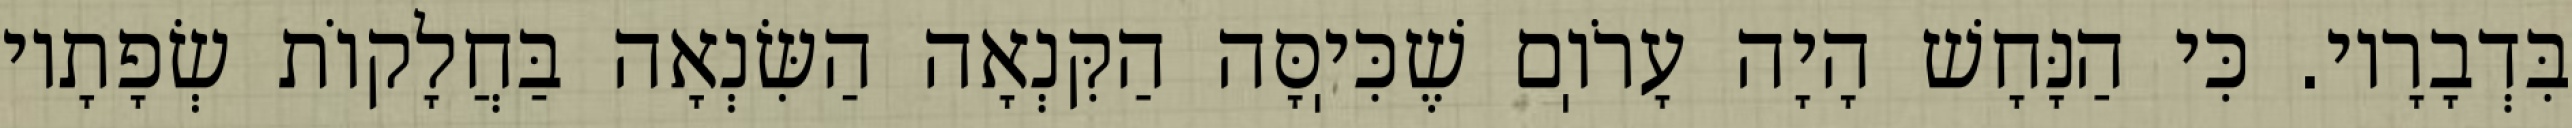
בִּדְבָרָיו. כִּי הַנָּחָשׁ הָיָה עָרֹוֽם שֶׁכִּיֽסָּה הַקִּנְאָה הַשִּׂנְאָה בַּחֲלָקוֹת שְׂפָתָיו